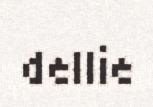
dellie